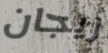
ريجان